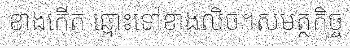
ខាងកើត ឆ្ពោះទៅខាងលិច។សមត្ថកិច្ច